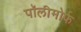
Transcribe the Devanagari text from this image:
पॉलीमोर्फ